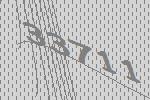
33711